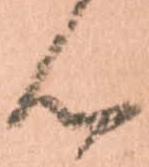
ん